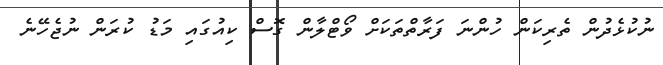
ނުކުޅެދުން ތެރިކަން ހުންނަ ފަރާތްތަކަށް ވޯޓްލާން ގޮސް ކިއުގައި މަޑު ކުރަން ނުޖެހޭނެ